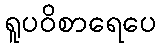
ရူပဝိစာရေပေ